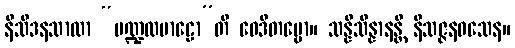
နိသီဒနသာလာ “မဏ္ဍလမာဠော”တိ ဝေဒိတဗ္ဗော။ သန္နိသိန္နာနန္တိ နိသဇ္ဇနဝသေန။